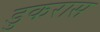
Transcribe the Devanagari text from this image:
डुकरास